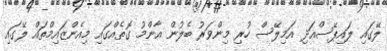
ލޭގައި ލައިޕޭސްއަދި އަމިލޭސް ހުރި މިންވަރު ބެލުން އާންމު ގޮތެއްގައި މިއެންޒައިމްތައް ލޭގައި